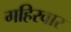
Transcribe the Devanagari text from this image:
गहिरवार